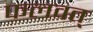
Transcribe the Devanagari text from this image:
फलवत्